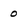
Character: 0